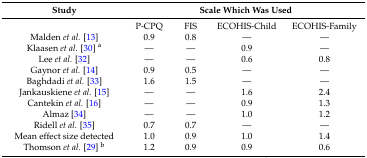
| Study | <COLSPAN=4> Scale Which Was Used |
 | --- | --- | --- | --- | --- |
 |  | P-CPQ | FIS | ECOHIS-Child | ECOHIS-Family |
 | Malden et al. [13] | 0.9 | 0.8 | — | — |
 | Klaasen et al. [30] a | — | — | 0.9 | — |
 | Lee et al. [32] | — | — | 0.6 | 0.8 |
 | Gaynor et al. [14] | 0.9 | 0.5 | — | — |
 | Baghdadi et al. [33] | 1.6 | 1.5 | — | — |
 | Jankauskiene et al. [15] | — | — | 1.6 | 2.4 |
 | Cantekin et al. [16] | — | — | 0.9 | 1.3 |
 | Almaz [34] | — | — | 1.0 | 1.2 |
 | Ridell et al. [35] | 0.7 | 0.7 | — | — |
 | Mean effect size detected | 1.0 | 0.9 | 1.0 | 1.4 |
 | Thomson et al. [29] b | 1.2 | 0.9 | 0.9 | 0.6 |